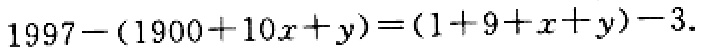
\(1997-(1900 + 10x + y)=(1 + 9 + x + y)-3\)